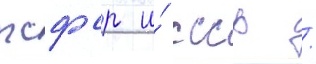
рсфср и́ ссср /